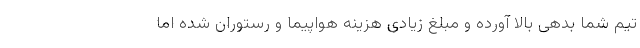
تیم شما بدهی بالا آورده و مبلغ زیادی هزینه هواپیما و رستوران شده اما